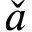
\check { a }